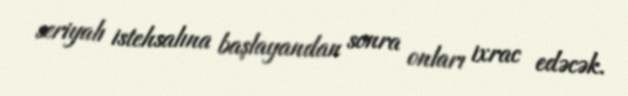
seriyalı istehsalına başlayandan sonra onları ixrac edəcək.